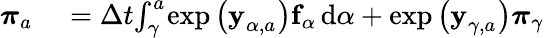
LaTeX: \begin{array}{rl}{\boldsymbol{\pi}_{a_{}}}&{{}=\Delta t{}\! \int_{\gamma}^{a_{}}\! \exp\left(\mathbf{y}_{\alpha{},a_{}}^{}\right)\mathbf{f}_{\alpha{}}\, \mathrm{d}\alpha+\exp\left(\mathbf{y}_{\gamma,a_{}}^{}\right)\boldsymbol{\pi}_{\gamma}}\end{array}